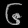
Digit: ၆